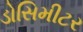
ડોસિમીટર